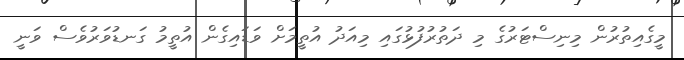
މީގެއިތުރުން މިނިސްޓަރުގެ މި ދަތުރުފުޅުގައި މިއަދު އުތީމަށް ވަޑައިގެން އުތީމު ގަނޑުވަރުވެސް ވަނީ